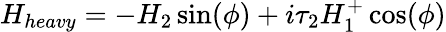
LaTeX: H_{heavy}=-H_{2}\sin(\phi)+i\tau_{2}H_{1}^{+}\cos(\phi)